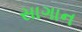
સાગાન